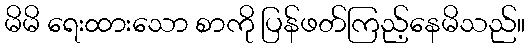
မိမိ ရေးထားသော စာကို ပြန်ဖတ်ကြည့်နေမိသည်။